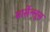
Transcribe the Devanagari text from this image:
मार्सेल्लूस